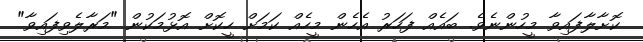
ކޮށާލާފައިވާ މީހުންނެވެ. ބައެއް ފަހަރު އެހެން މީހެއް ކަމަށް ހީކޮށް އޮޅުމަކުން "މަރާލެވިފައިވާ"